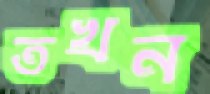
তখন